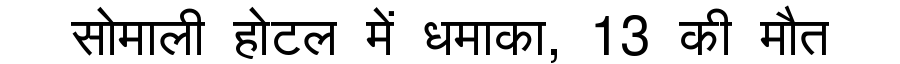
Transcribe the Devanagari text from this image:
सोमाली होटल में धमाका, 13 की मौत